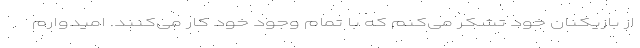
از بازیکنان خود تشکر می‌کنم که با تمام وجود خود کار می‌کنند. امیدوارم